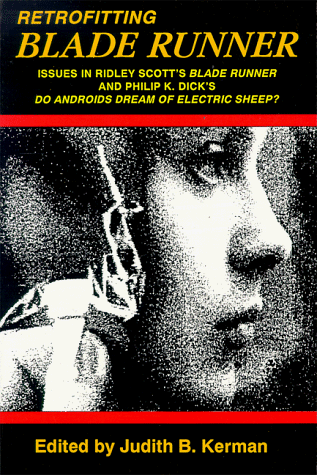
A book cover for Retrofitting Blade Runner: Issues in Ridley Scott's Blade Runner and Phillip K. Dick's Do Androids Dream of Electric Sheep?; Judith B. Kerman; Humor & Entertainment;